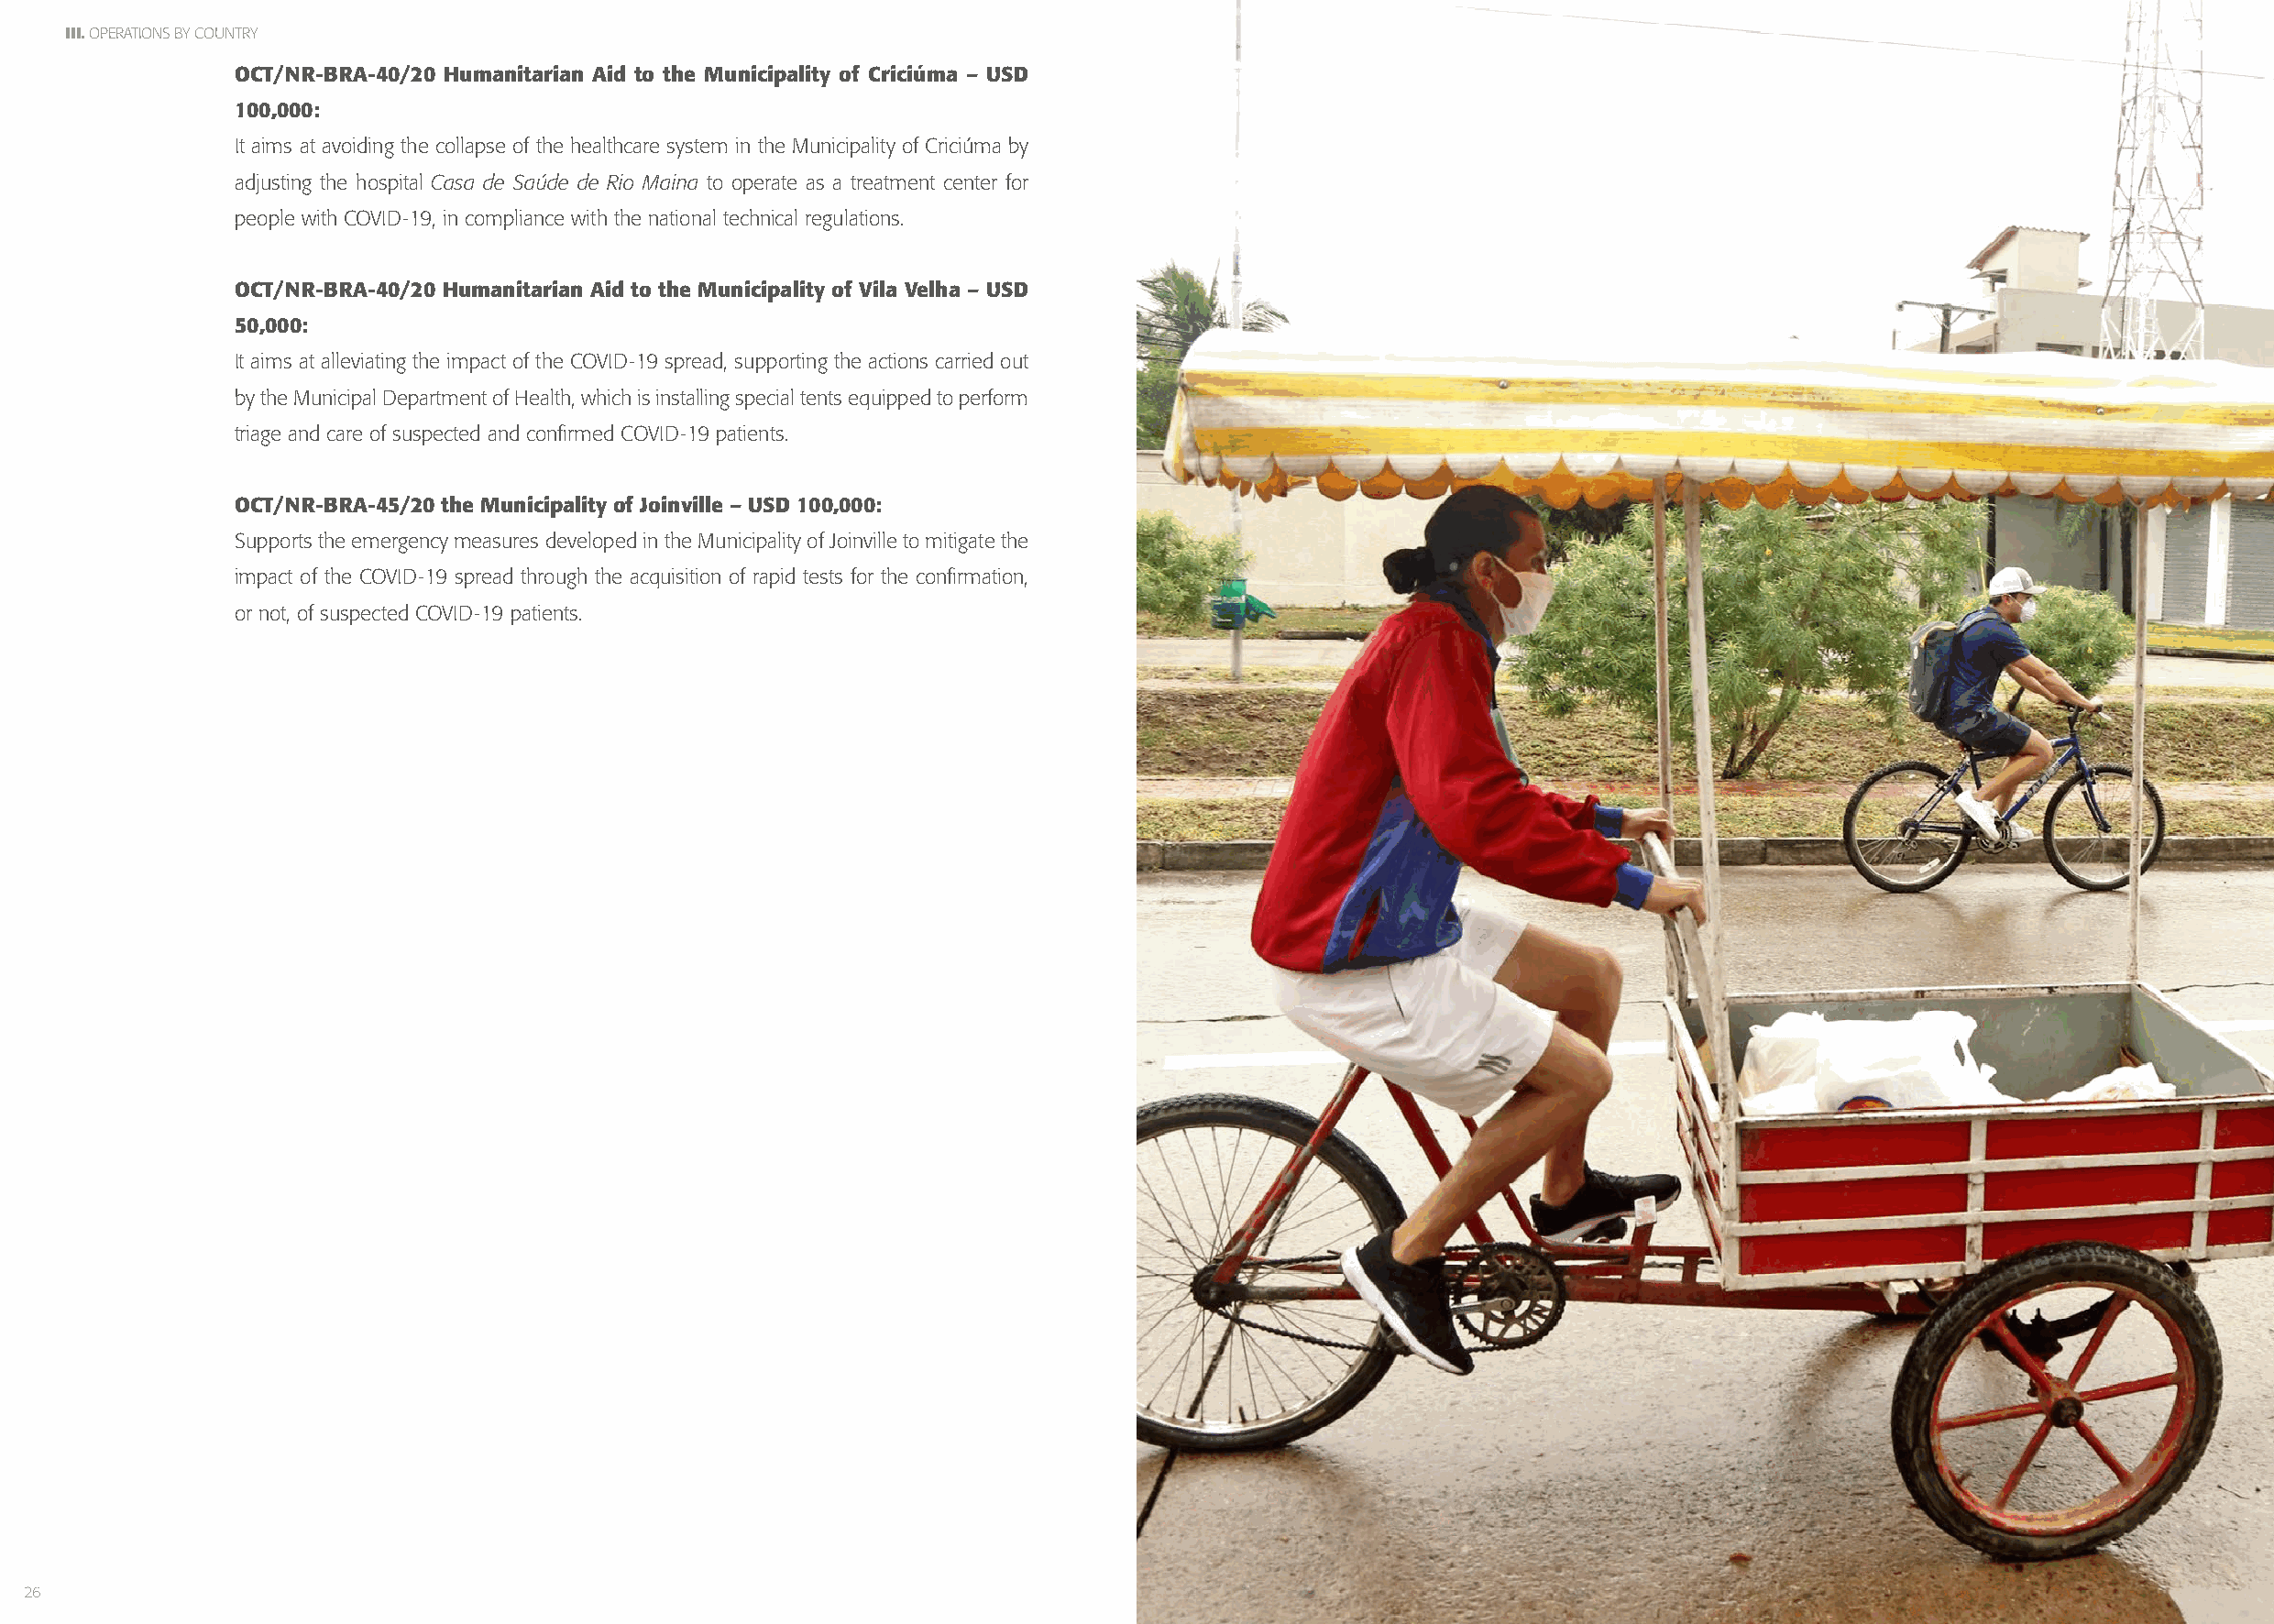
III. OPERATIONS BY COUNTRY
 OCT/NR-BRA-40/20 Humanitarian Aid to the Municipality of Criciúma – USD
 100,000:
 It aims at avoiding the collapse of the healthcare system in the Municipality of Criciúma by
 adjusting the hospital Casa de Saúde de Rio Maina to operate as a treatment center for
 people with COVID-19, in compliance with the national technical regulations.
 OCT/NR-BRA-40/20 Humanitarian Aid to the Municipality of Vila Velha – USD
 50,000:
 It aims at alleviating the impact of the COVID-19 spread, supporting the actions carried out
 by the Municipal Department of Health, which is installing special tents equipped to perform
 triage and care of suspected and confirmed COVID-19 patients.
 OCT/NR-BRA-45/20 the Municipality of Joinville – USD 100,000:
 Supports the emergency measures developed in the Municipality of Joinville to mitigate the
 impact of the COVID-19 spread through the acquisition of rapid tests for the confirmation,
 or not, of suspected COVID-19 patients.
 26                                                                                                                                                             27